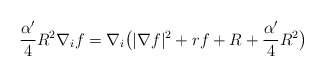
\begin{align*}\frac{\alpha'}{4}R^2\nabla_if=\nabla_i\big(|\nabla f|^2+rf+R+\frac{\alpha'}{4}R^2\big)\end{align*}